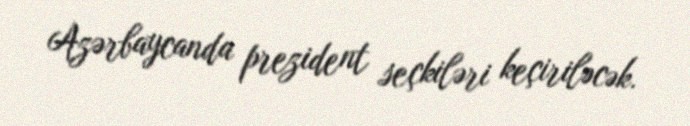
Azərbaycanda prezident seçkiləri keçiriləcək.